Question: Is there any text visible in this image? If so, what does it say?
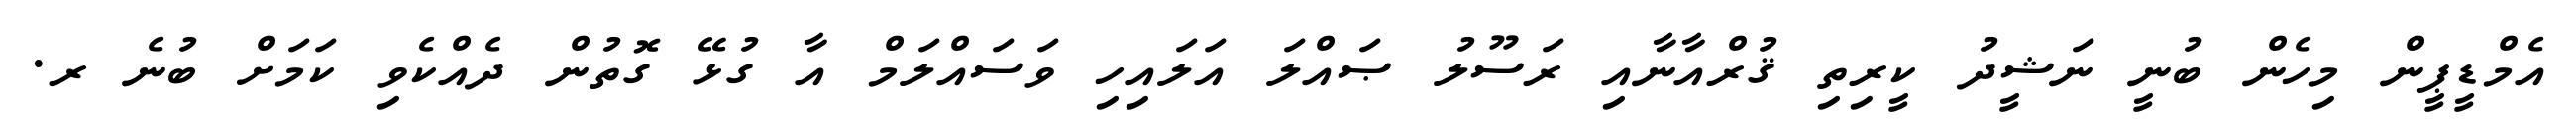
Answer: އެމްޑީޕީން މިހެން ބުނީ ނަޝީދު ކީރިތި ޤުރްއާނާއި ރަސޫލު ޞައްލަ އަލައިހި ވަސައްލަމް އާ ގުޅޭ ގޮތުން ދެއްކެވި ކަމަށް ބުނެ ރ.